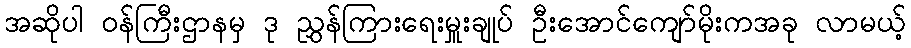
အဆိုပါ ဝန်ကြီးဌာနမှ ဒု ညွှန်ကြားရေးမှူးချုပ် ဦးအောင်ကျော်မိုးကအခု လာမယ့်